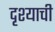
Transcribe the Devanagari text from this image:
दृश्याची